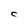
Character: C